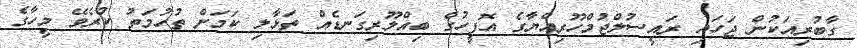
ގާބުރިއަކުން ޖަހައި ރައީސުލްޖުމްހޫރިއްޔާގެ އޮފީހުގެ ބިއްލޫރިގަނޑެއް ތަޅާލި ކަމަށް ތުހުމަތު ކުރެވޭ މީހާގެ